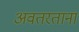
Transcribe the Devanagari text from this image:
अवतरताना